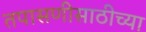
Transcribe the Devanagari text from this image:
तपासणीसाठीच्या